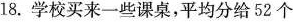
18.学校买来一些课桌，平均分给52个